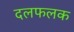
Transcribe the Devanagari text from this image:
दलफलक